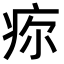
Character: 𤵜